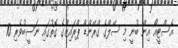
އެސްޓީއޯ އިން ބުނީ މި ސޭލްގެ ގްރޭންޑް ޕްރައިޒްގެ ގޮތުގައި ނަސީބުވެރި 10